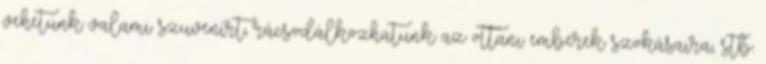
vehetünk valami szuvenírt, rácsodálkozhatunk az ottani emberek szokásaira, stb.